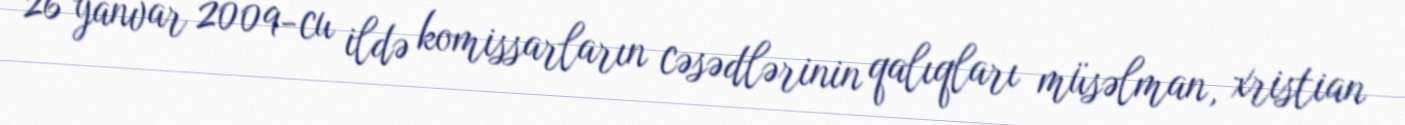
26 yanvar 2009-cu ildə komissarların cəsədlərinin qalıqları müsəlman, xristian